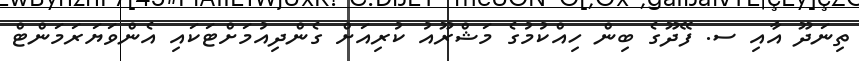
ތިނަދޫ އާއި ސ. ފޭދޫގެ ބިން ހިއްކުމުގެ މަޝްރޫއު ކުރިއަށް ގެންދިއުމަށްޓަކައި އެންވަޔަރަމަންޓް